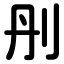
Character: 刐